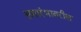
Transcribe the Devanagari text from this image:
समारंभावरील